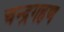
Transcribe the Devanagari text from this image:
चन्द्रगहण